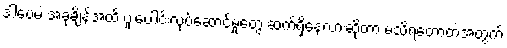
ဒါပေမဲ့ အခုချိန်အထိ ပူးပေါင်းလုပ်ဆောင်မှုတွေ ဆက်ရှိနေလားဆိုတာ မသိရတော့တဲ့အတွက်